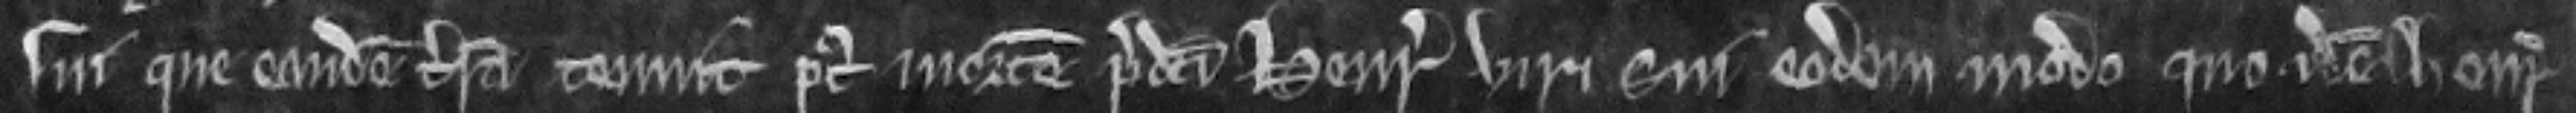
sui que endem terram tenuit post mortem predicti Henrici viri sui eodem modo quo idem Henricus